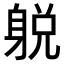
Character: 𨉋